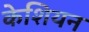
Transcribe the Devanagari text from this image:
केशियन